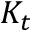
K _ { t }